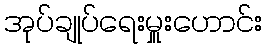
အုပ်ချုပ်ရေးမှူးဟောင်း